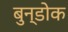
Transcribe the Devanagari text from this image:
बुन्डोक